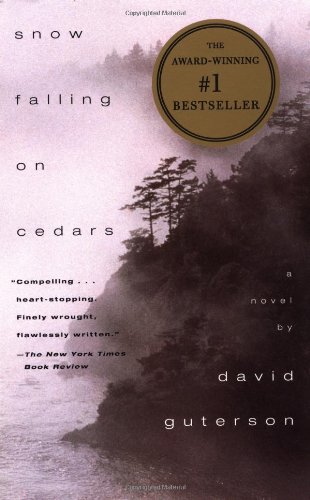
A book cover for Snow Falling on Cedars: A Novel; David Guterson; Humor & Entertainment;